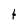
Character: t